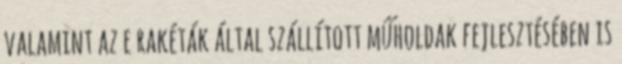
valamint az e rakéták által szállított műholdak fejlesztésében is